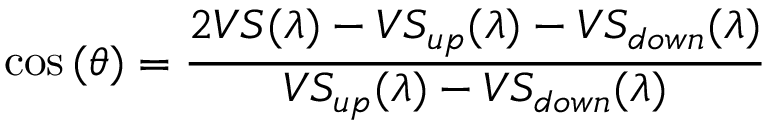
\cos { ( \theta ) } = \frac { 2 V S ( \lambda ) - V S _ { u p } ( \lambda ) - V S _ { d o w n } ( \lambda ) } { V S _ { u p } ( \lambda ) - V S _ { d o w n } ( \lambda ) }